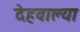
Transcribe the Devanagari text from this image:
देहवाल्या